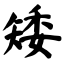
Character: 矮